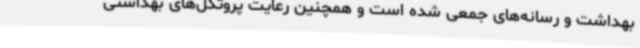
بهداشت و رسانه‌های جمعی شده است و همچنین رعایت پروتکل‌های بهداشتی